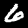
Label: 6